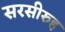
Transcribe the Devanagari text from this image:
सरसीरुह